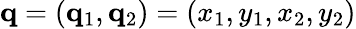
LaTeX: \mathbf{q}=(\mathbf{q}_{1},\mathbf{q}_{2})=(x_{1},y_{1},x_{2},y_{2})